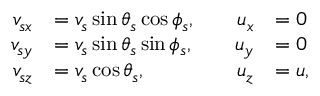
\begin{array} { r l r l } { v _ { s x } } & { = v _ { s } \sin \theta _ { s } \cos \phi _ { s } , \quad } & { u _ { x } } & { = 0 } \\ { v _ { s y } } & { = v _ { s } \sin \theta _ { s } \sin \phi _ { s } , \quad } & { u _ { y } } & { = 0 } \\ { v _ { s z } } & { = v _ { s } \cos \theta _ { s } , \quad } & { u _ { z } } & { = u , } \end{array}